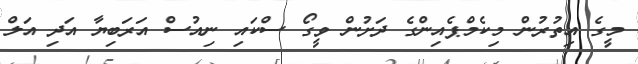
މީގެ އިތުރުން މިކެމްޕެއިންގެ ދަށުން ވީގޯ ސްކައި ނިއުސް އަރަބިޔާ އަދި އަލް